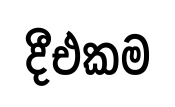
දීඑකම